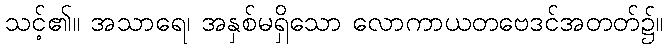
သင့်၏။ အသာရေ၊ အနှစ်မရှိသော လောကာယတဗေဒင်အတတ်၌။